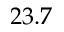
2 3 . 7